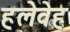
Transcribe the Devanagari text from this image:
हलेवेह